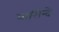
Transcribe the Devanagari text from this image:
बासिन्दे